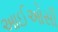
આઈઓસી